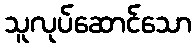
သူလုပ်ဆောင်သော